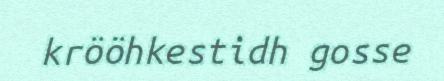
krööhkestidh gosse